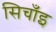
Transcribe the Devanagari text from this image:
सिचाँइ